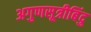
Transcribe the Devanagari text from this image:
अगुणसूत्रीबिंदु